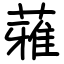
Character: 蕥